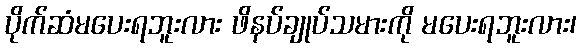
ပိုက်ဆံမပေးရဘူးလား ဖိနပ်ချုပ်သမားကို မပေးရဘူးလား၊